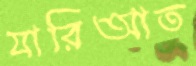
যারিআত